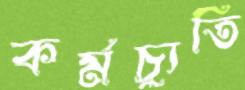
কর্মচ্যুতি